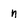
Character: n